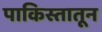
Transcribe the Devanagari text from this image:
पाकिस्तातून